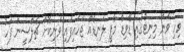
ވިހި ވަނަ މިނިޓުގައި ޑޭވިޑް މާފީ ލަނޑެއް ޖަހައިފައި ވަނިކޮށް ޗެލްސީން ފަހު